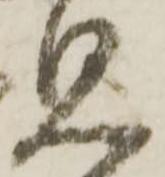
見